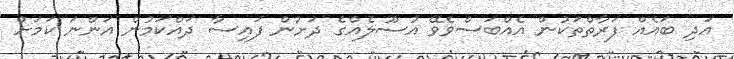
އަދި ބައެއް ފަރާތްތަކުން އެއްބަސްވެވޭ އުސޫލެއްގެ ދަށުން ފައިސާ ދައްކަމުން އަންނަ ކަމަށް